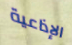
الإذاعية